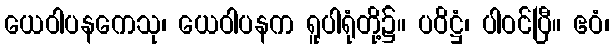
ယေဝါပနကေသု၊ ယေဝါပနက ရူပါရုံတို့၌။ ပဝိဋ္ဌံ၊ ပါဝင်ပြီ။ ဧဝံ၊